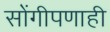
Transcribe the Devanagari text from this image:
सोंगीपणाही